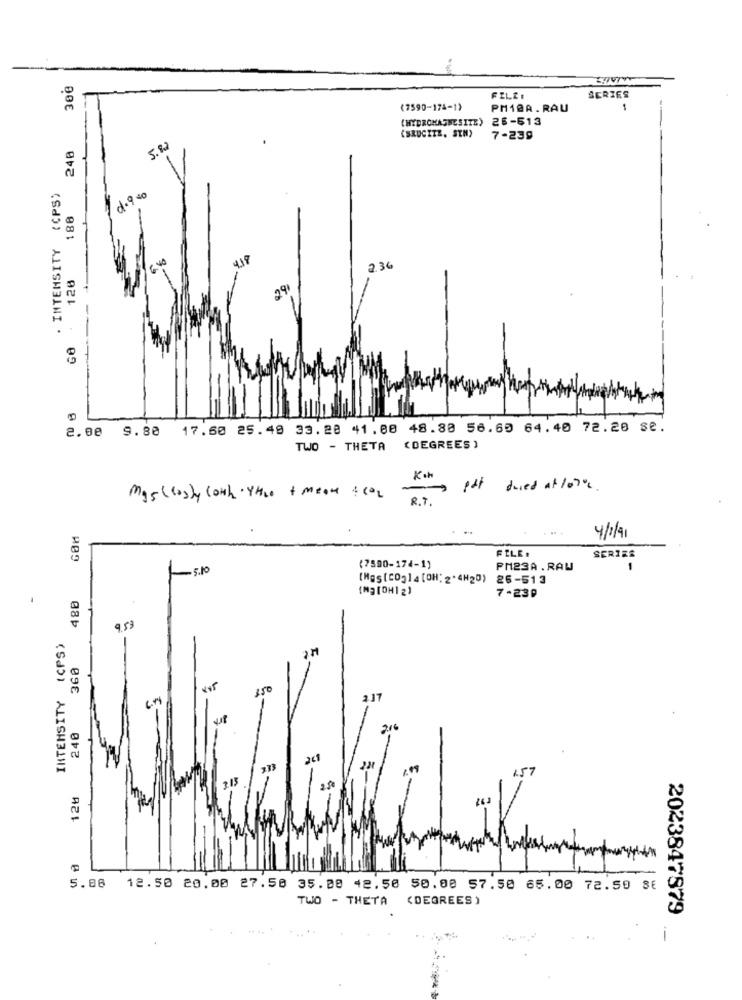
30€
SERIES
(7590-174-1)
PM10A. RAU
(HYDROMAGNE SITE) 26-513
240
(SRUCITE, STM)
7-239
. INTENSITY (CPS)
d.9 40
188
2.36
120
29
GO
2.00 9.80 17.50 25.49 33.28 41.80 48.80 56.60 64.40 72.20 se.
TWO - THETA (DEGREES)
Koh
mitt dused at 10%.
mysloshy coun ttle + mean ical
R . T .
4/1/91
FILE :
SERIES
-
-5.10
(7590-174-1)
PM23A . RAU
(Hgs(COg14 [OH; 2 .4H20) 26-513
480
[N] [OH1 2)
7-239
9.53
INTENSITY (CPS)
360
150
2.17
240
241
233
126
5.88 12.50 20.00 27.50 35.08 42.50 50.00 57.50 65.00 72.50 8E
TWO - THETA
(DEGREES )
-
2023847879